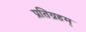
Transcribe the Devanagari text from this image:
प्रतिग्रहम्